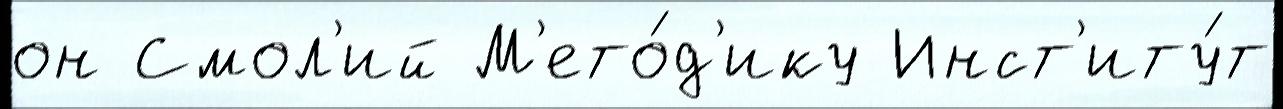
он Смол'ий М'ето́д'ику Инст'иту́т